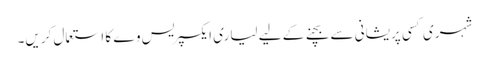
شہری کسی پریشانی سے بچنے کے لیے لیاری ایکسپریس وے کا استعمال کریں۔